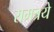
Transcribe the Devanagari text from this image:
रामत्रये